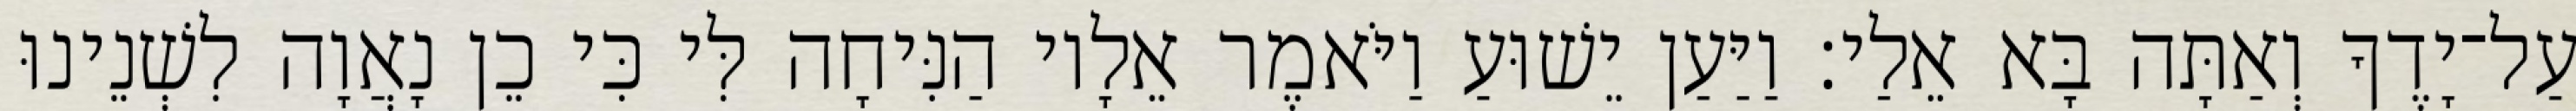
עַל־יָדֶךָ וְאַתָּה בָּא אֵלַי׃ וַיַּעַן יֵשׁוּעַ וַיֹּאמֶר אֵלָיו הַנִּיחָה לִּי כִּי כֵן נָאֲוָה לִשְׁנֵינוּ